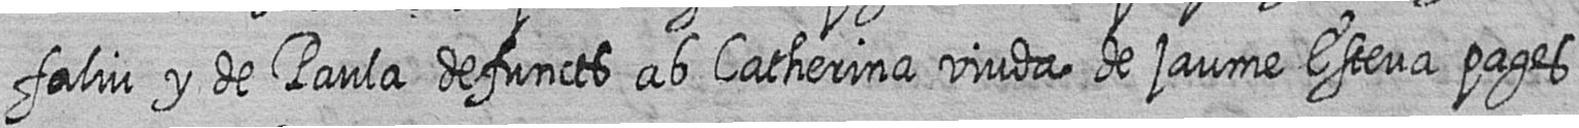
faliu y de Paula defuncts ab Catherina viuda de jaume Esteva pages